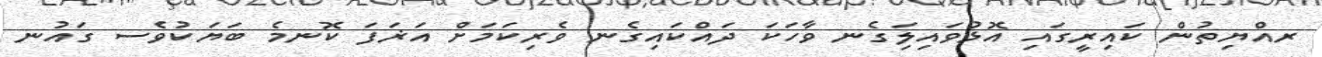
ރއްޔިތުން ކައިރީގައި އޮޅުވައިލަިގެނ ވާހަކަ ދައްކައިގެނ ވެރިކަމަށް އަޜަފަ ކޮނމެ ބަޔަކުވެސ ގައުނ